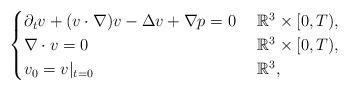
LaTeX: \begin{align*}\begin{cases} \partial_tv+(v\cdot \nabla)v-\Delta v+\nabla p=0 & \ \mathbb{R}^3\times[0,T),\\ \nabla\cdot v=0 & \ \mathbb{R}^3\times[0,T),\\ v_0=v|_{t=0} & \ \mathbb{R}^3,\end{cases}\end{align*}